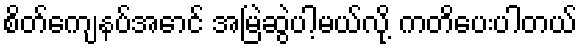
စိတ်ကျေနပ်အောင် အမြဲဆွဲပါ့မယ်လို့ ကတိပေးပါတယ်